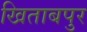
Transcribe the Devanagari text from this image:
खिताबपुर